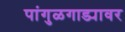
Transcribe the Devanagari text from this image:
पांगुळगाड्यावर